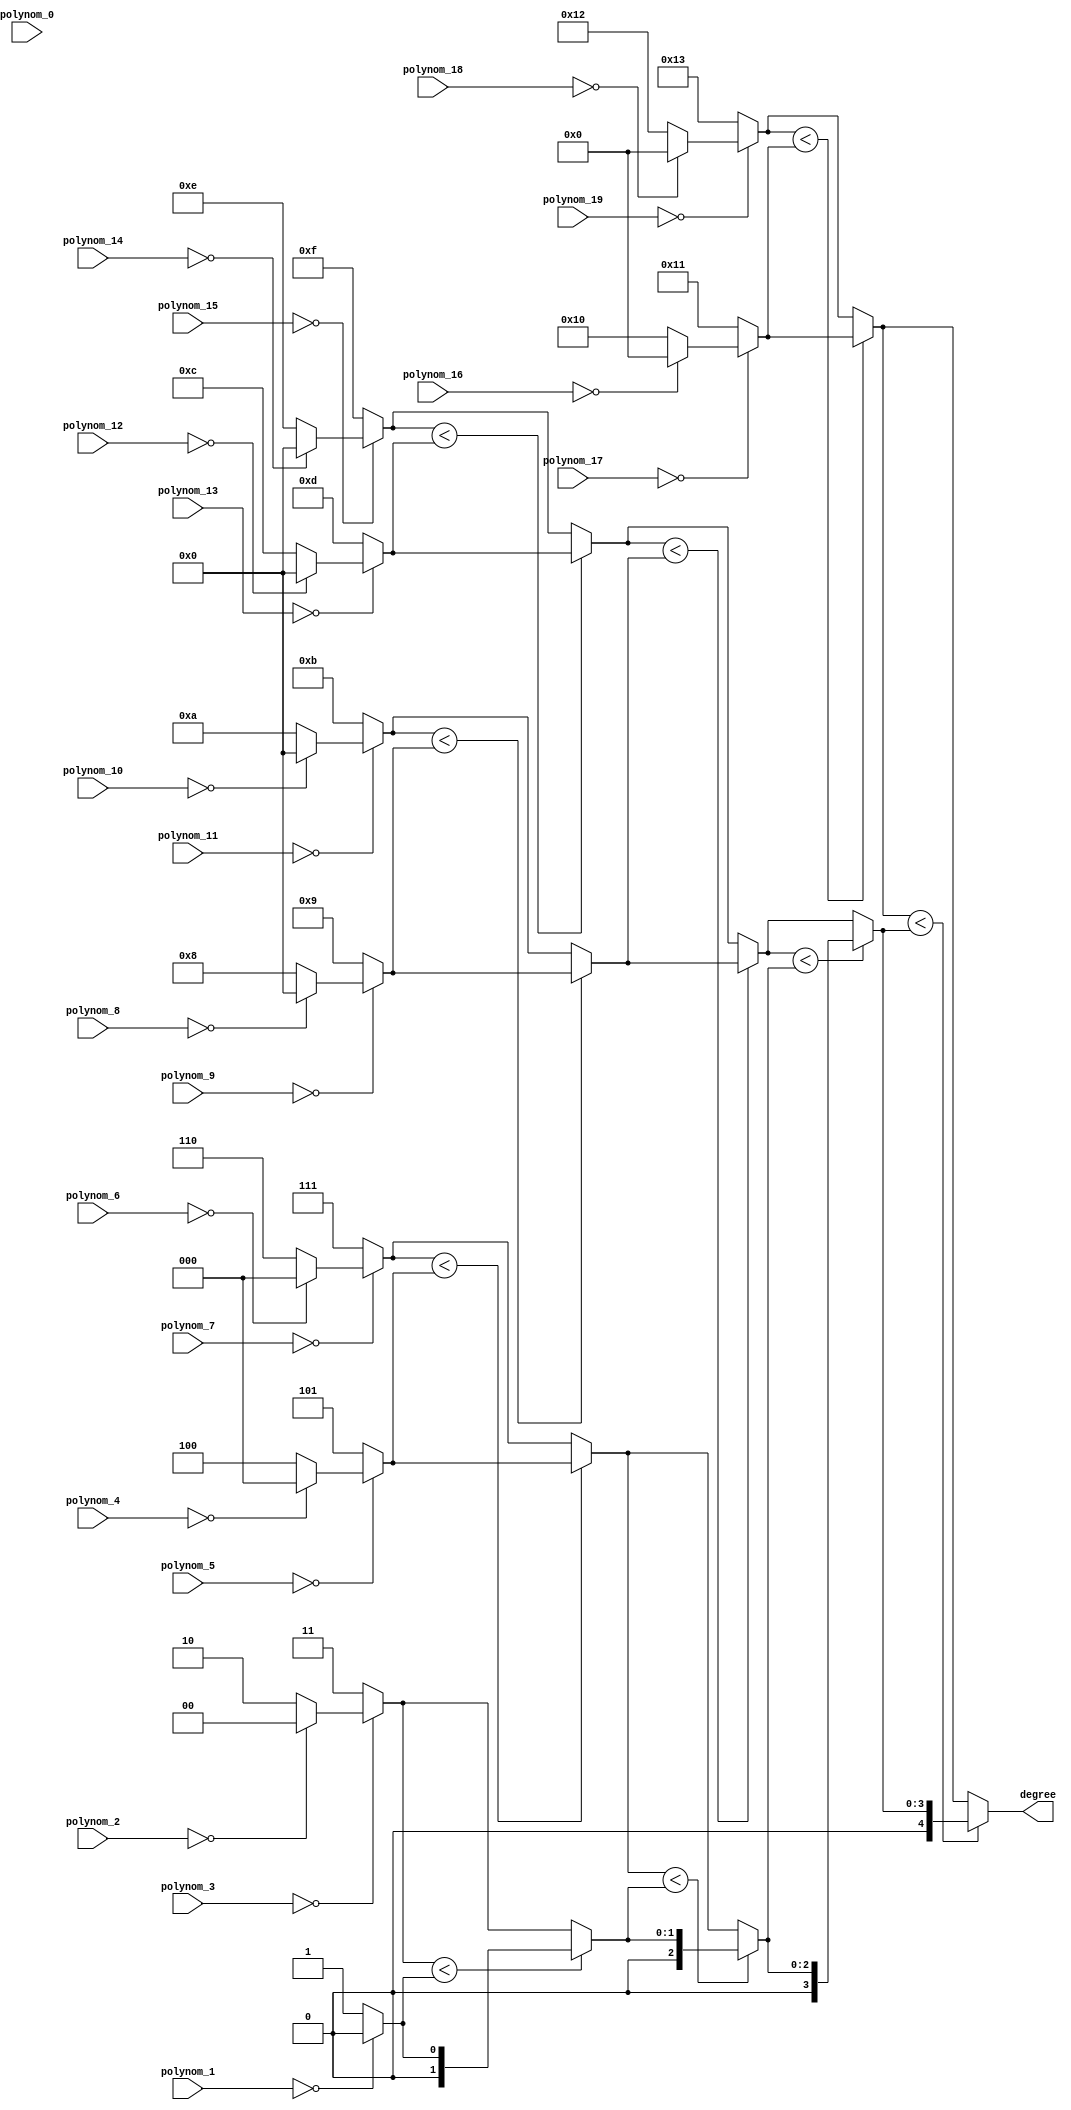
//===================================================================
// Module Name : RsDecodeDegree
// Function    : Rs Decoder Degree Module
// 
// Revision History:
// Date          By           Version    Change Description
//===================================================================
// 2009/02/03  Gael Sapience     1.0       Original
//
//===================================================================
// (C) COPYRIGHT 2009 SYSTEM LSI CO., Ltd.
//


module RsDecodeDegree(
   polynom_0,
   polynom_1,
   polynom_2,
   polynom_3,
   polynom_4,
   polynom_5,
   polynom_6,
   polynom_7,
   polynom_8,
   polynom_9,
   polynom_10,
   polynom_11,
   polynom_12,
   polynom_13,
   polynom_14,
   polynom_15,
   polynom_16,
   polynom_17,
   polynom_18,
   polynom_19,
   degree
);


   input  [5:0]   polynom_0;    // polynom 0
   input  [5:0]   polynom_1;    // polynom 1
   input  [5:0]   polynom_2;    // polynom 2
   input  [5:0]   polynom_3;    // polynom 3
   input  [5:0]   polynom_4;    // polynom 4
   input  [5:0]   polynom_5;    // polynom 5
   input  [5:0]   polynom_6;    // polynom 6
   input  [5:0]   polynom_7;    // polynom 7
   input  [5:0]   polynom_8;    // polynom 8
   input  [5:0]   polynom_9;    // polynom 9
   input  [5:0]   polynom_10;   // polynom 10
   input  [5:0]   polynom_11;   // polynom 11
   input  [5:0]   polynom_12;   // polynom 12
   input  [5:0]   polynom_13;   // polynom 13
   input  [5:0]   polynom_14;   // polynom 14
   input  [5:0]   polynom_15;   // polynom 15
   input  [5:0]   polynom_16;   // polynom 16
   input  [5:0]   polynom_17;   // polynom 17
   input  [5:0]   polynom_18;   // polynom 18
   input  [5:0]   polynom_19;   // polynom 19
   output [4:0]   degree;       // polynom degree



   //------------------------------------------------------------------------
   //- registers
   //------------------------------------------------------------------------
//---------------------------------------------------------------
//- step 0
//---------------------------------------------------------------
wire [4:0]   winner0Step0;
assign winner0Step0 =(polynom_1 [5:0] == 6'd0) ? ((polynom_0 [5:0] == 6'd0) ? 5'd0 : 5'd0):  5'd1;
wire [4:0]   winner1Step0;
assign winner1Step0 =(polynom_3 [5:0] == 6'd0) ? ((polynom_2 [5:0] == 6'd0) ? 5'd0 : 5'd2):  5'd3;
wire [4:0]   winner2Step0;
assign winner2Step0 =(polynom_5 [5:0] == 6'd0) ? ((polynom_4 [5:0] == 6'd0) ? 5'd0 : 5'd4):  5'd5;
wire [4:0]   winner3Step0;
assign winner3Step0 =(polynom_7 [5:0] == 6'd0) ? ((polynom_6 [5:0] == 6'd0) ? 5'd0 : 5'd6):  5'd7;
wire [4:0]   winner4Step0;
assign winner4Step0 =(polynom_9 [5:0] == 6'd0) ? ((polynom_8 [5:0] == 6'd0) ? 5'd0 : 5'd8):  5'd9;
wire [4:0]   winner5Step0;
assign winner5Step0 =(polynom_11 [5:0] == 6'd0) ? ((polynom_10 [5:0] == 6'd0) ? 5'd0 : 5'd10):  5'd11;
wire [4:0]   winner6Step0;
assign winner6Step0 =(polynom_13 [5:0] == 6'd0) ? ((polynom_12 [5:0] == 6'd0) ? 5'd0 : 5'd12):  5'd13;
wire [4:0]   winner7Step0;
assign winner7Step0 =(polynom_15 [5:0] == 6'd0) ? ((polynom_14 [5:0] == 6'd0) ? 5'd0 : 5'd14):  5'd15;
wire [4:0]   winner8Step0;
assign winner8Step0 =(polynom_17 [5:0] == 6'd0) ? ((polynom_16 [5:0] == 6'd0) ? 5'd0 : 5'd16):  5'd17;
wire [4:0]   winner9Step0;
assign winner9Step0 =(polynom_19 [5:0] == 6'd0) ? ((polynom_18 [5:0] == 6'd0) ? 5'd0 : 5'd18):  5'd19;
//---------------------------------------------------------------
//- step 1
//---------------------------------------------------------------
wire [4:0]   winner0Step1;
assign winner0Step1 =( winner1Step0 [4:0] < winner0Step0  [4:0]) ? winner0Step0  [4:0]:  winner1Step0  [4:0];
wire [4:0]   winner1Step1;
assign winner1Step1 =( winner3Step0 [4:0] < winner2Step0  [4:0]) ? winner2Step0  [4:0]:  winner3Step0  [4:0];
wire [4:0]   winner2Step1;
assign winner2Step1 =( winner5Step0 [4:0] < winner4Step0  [4:0]) ? winner4Step0  [4:0]:  winner5Step0  [4:0];
wire [4:0]   winner3Step1;
assign winner3Step1 =( winner7Step0 [4:0] < winner6Step0  [4:0]) ? winner6Step0  [4:0]:  winner7Step0  [4:0];
wire [4:0]   winner4Step1;
assign winner4Step1 =( winner9Step0 [4:0] < winner8Step0  [4:0]) ? winner8Step0  [4:0]:  winner9Step0  [4:0];
//---------------------------------------------------------------
//- step 2
//---------------------------------------------------------------
wire [4:0]   winner0Step2;
assign winner0Step2 =( winner1Step1 [4:0] < winner0Step1  [4:0]) ? winner0Step1  [4:0]:  winner1Step1  [4:0];
wire [4:0]   winner1Step2;
assign winner1Step2 =( winner3Step1 [4:0] < winner2Step1  [4:0]) ? winner2Step1  [4:0]:  winner3Step1  [4:0];
//---------------------------------------------------------------
//- step 3
//---------------------------------------------------------------
wire [4:0]   winner0Step3;
assign winner0Step3 =( winner1Step2 [4:0] < winner0Step2  [4:0]) ? winner0Step2  [4:0]:  winner1Step2  [4:0];
//---------------------------------------------------------------
//- step 4
//---------------------------------------------------------------
wire [4:0]   winner0Step4;
assign winner0Step4 =( winner4Step1 [4:0] < winner0Step3  [4:0]) ? winner0Step3  [4:0]:  winner4Step1  [4:0];
//---------------------------------------------------------------
//---------------------------------------------------------------
assign degree [4:0] =  winner0Step4 [4:0] ;



endmodule